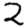
Digit: 2